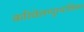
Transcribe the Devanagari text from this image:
करिवेलप्पुरमाळिका